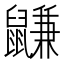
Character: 鼸